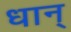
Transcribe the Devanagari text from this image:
धान्